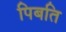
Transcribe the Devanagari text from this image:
पिबति